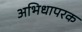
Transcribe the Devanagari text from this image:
अभिधापरक